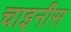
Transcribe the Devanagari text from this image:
चाइनीस